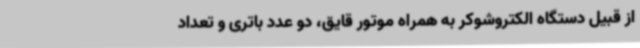
از قبیل دستگاه الکتروشوکر به همراه موتور قایق، دو عدد باتری و تعداد